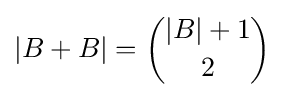
|B+B|={\binom {|B|+1}{2}}